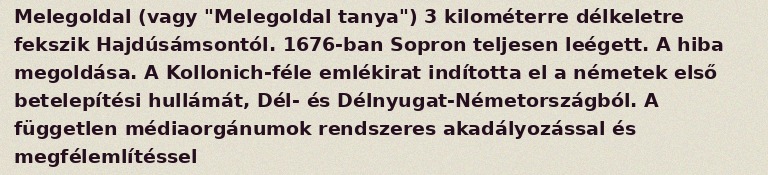
Melegoldal (vagy "Melegoldal tanya") 3 kilométerre délkeletre fekszik Hajdúsámsontól. 1676-ban Sopron teljesen leégett. A hiba megoldása. A Kollonich-féle emlékirat indította el a németek első betelepítési hullámát, Dél- és Délnyugat-Németországból. A független médiaorgánumok rendszeres akadályozással és megfélemlítéssel